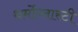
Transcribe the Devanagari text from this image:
थर्मोप्लास्टी